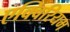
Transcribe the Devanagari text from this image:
एक्विरियम